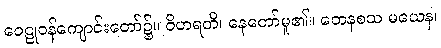
ဝေဠုဝန်ကျောင်းတော်၌။ ဝိဟရတိ၊ နေတော်မူ၏။ တေနစသ မယေန၊